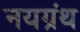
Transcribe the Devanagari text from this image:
नयग्रंथ